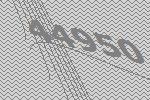
44950